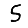
Digit: 5